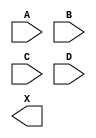
module sky130_fd_sc_lp__and4 (
    //# {{data|Data Signals}}
    input  A,
    input  B,
    input  C,
    input  D,
    output X
);

    // Voltage supply signals
    supply1 VPWR;
    supply0 VGND;
    supply1 VPB ;
    supply0 VNB ;

endmodule